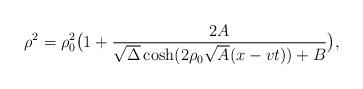
LaTeX: \begin{align*}\rho^2=\rho_0^2\bigl(1+{2A\over \sqrt{\Delta}\cosh(2\rho_0\sqrt{A}(x-vt))+B}\bigr),\end{align*}